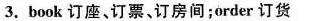
3.book 订座、订票、订房间;order 订货